Selter,_Karl, lk 28
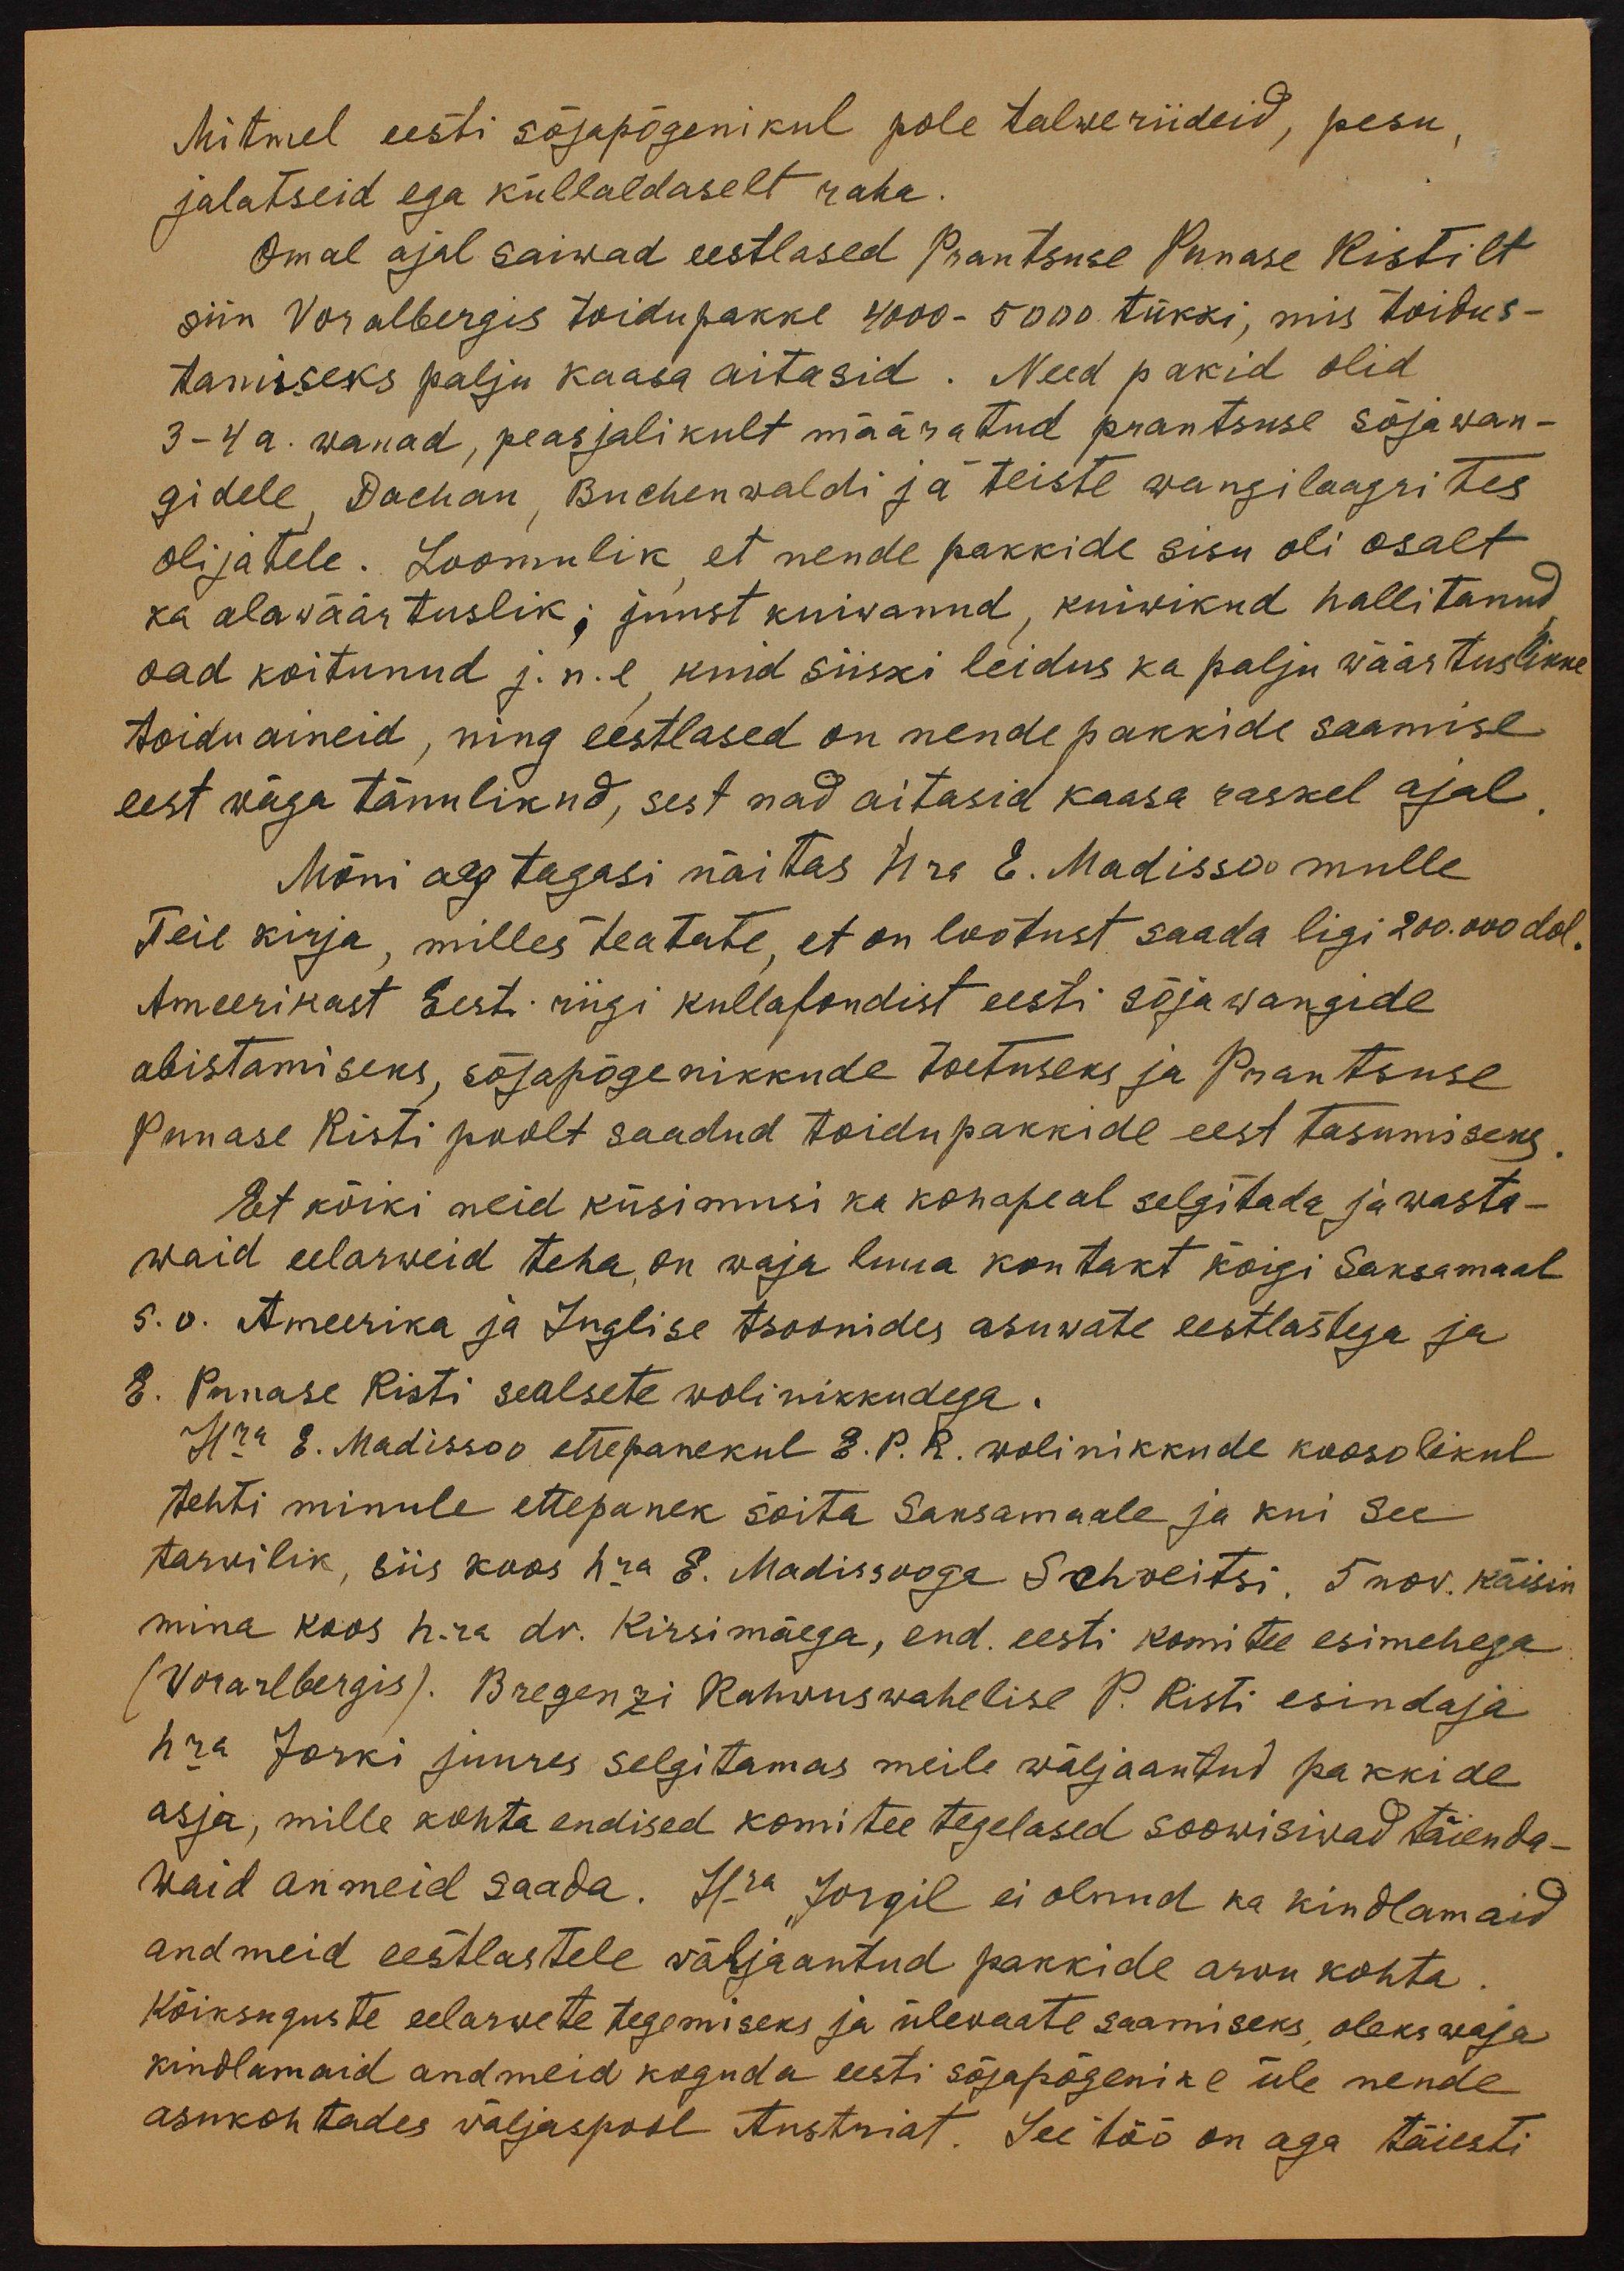
Mitmel eesti sõjapõgenikul pole talweriideid, pesu,
jalatseid ega küllaldaselt raha.
Omal ajal saiwad eestlased Prantsuse Punase Ristilt
siin Voralbergis toidupakke 4000-5000 tükki, mis toidus-
tamiseks palju kaasa aitasid. Need pakid olid
3-4 a. wanad, peasjalikult määratud prantsuse sõjawan-
gidele. Dachau Buchenwaldi ja teiste wangilaagrites
olijatele. Loomulik, et nende pakkide sisu oli osalt
ka alawäärtuslik; juust kuiwanud, kuiwikud hallitanud
oad koitunud j.n.e, kuid siiski leidus ka palju wäärtuslikke
toiduaineid, ning eestlased on nende pakkide saamise
eest wäga tänulikud, sest nad aitasid kaasa raskel ajal.
Mõni aeg tagasi näitas hra E. Madissoo mulle
Teie kirja, milles teatate, et on lootust saada ligi 200.000 dol.
Ameerikast Eesti riigi kullafondist eesti sõjawangide
abistamiseks, sõjapõgenikkude toetuseks ja Prantsuse
Punase Risti poolt saadud toidupakkide eest tasumiseks.
Et kõiki neid küsimusi ka kohapeal selgitada ja wasta-
waid eelarweid teha, on vaja luua kontakt kõigi Saksamaal
s.o. Ameerika ja Inglise tsoonides asuwate eestlastega ja
E. Punase Risti sealsete wolinikkudega.
Hra E. Madissoo ettepanekul E.P.R. wolinikkude koosolekul
tehti minule ettepanek sõita Saksamaale ja kui see
tarwilik, siis koos hra E. Madissooga Schweitsi. 5 nov. käisin
mina koos hra dr. Kirsimäega, end. eesti komitee esimehega
Vorarlbergis). Bregenzi Rahwuswahelise P. Risti esindaja
hra Jorki juures selgitamas meile wäljaantud pakkide
asja, mille kohta endised komitee tegelased soowisiwad täienda-
waid anmeid saada. Hra Jorgil ei olnud ka kindlamaid
andmeid eestlastele väljaantud pakkide arwu kohta.
Kõiksuguste eelarwete tegemiseks ja ülewaate saamiseks, oleks waja
kindlamaid andmeid koguda eesti sõjapõgenike üle nende
asukohtades wäljaspool Austriat. See töö on aga täiesti